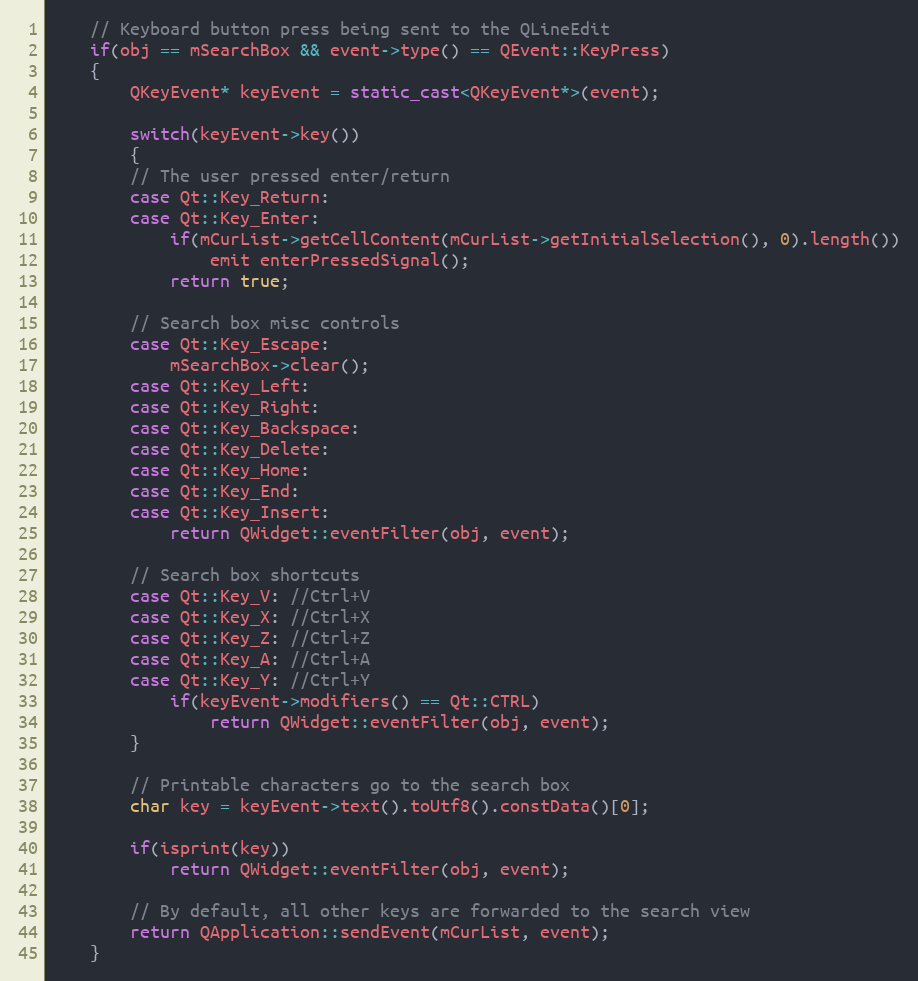
Language: C++
    // Keyboard button press being sent to the QLineEdit
    if(obj == mSearchBox && event->type() == QEvent::KeyPress)
    {
        QKeyEvent* keyEvent = static_cast<QKeyEvent*>(event);

        switch(keyEvent->key())
        {
        // The user pressed enter/return
        case Qt::Key_Return:
        case Qt::Key_Enter:
            if(mCurList->getCellContent(mCurList->getInitialSelection(), 0).length())
                emit enterPressedSignal();
            return true;

        // Search box misc controls
        case Qt::Key_Escape:
            mSearchBox->clear();
        case Qt::Key_Left:
        case Qt::Key_Right:
        case Qt::Key_Backspace:
        case Qt::Key_Delete:
        case Qt::Key_Home:
        case Qt::Key_End:
        case Qt::Key_Insert:
            return QWidget::eventFilter(obj, event);

        // Search box shortcuts
        case Qt::Key_V: //Ctrl+V
        case Qt::Key_X: //Ctrl+X
        case Qt::Key_Z: //Ctrl+Z
        case Qt::Key_A: //Ctrl+A
        case Qt::Key_Y: //Ctrl+Y
            if(keyEvent->modifiers() == Qt::CTRL)
                return QWidget::eventFilter(obj, event);
        }

        // Printable characters go to the search box
        char key = keyEvent->text().toUtf8().constData()[0];

        if(isprint(key))
            return QWidget::eventFilter(obj, event);

        // By default, all other keys are forwarded to the search view
        return QApplication::sendEvent(mCurList, event);
    }